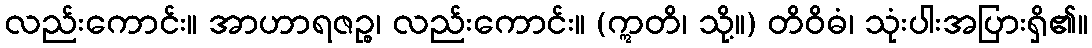
လည်းကောင်း။ အာဟာရဇဉ္စ၊ လည်းကောင်း။ (ဣတိ၊ သို့။) တိဝိဓံ၊ သုံးပါးအပြားရှိ၏။